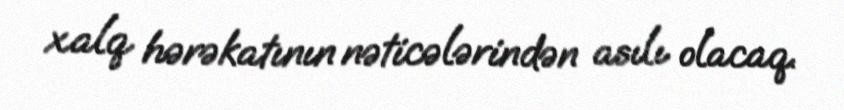
xalq hərəkatının nəticələrindən asılı olacaq.